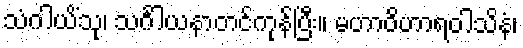
သံဂါယိံသု၊ သင်္ဂါယနာတင်ကုန်ပြီး။ မဟာဝိဟာရဝါသိနံ၊